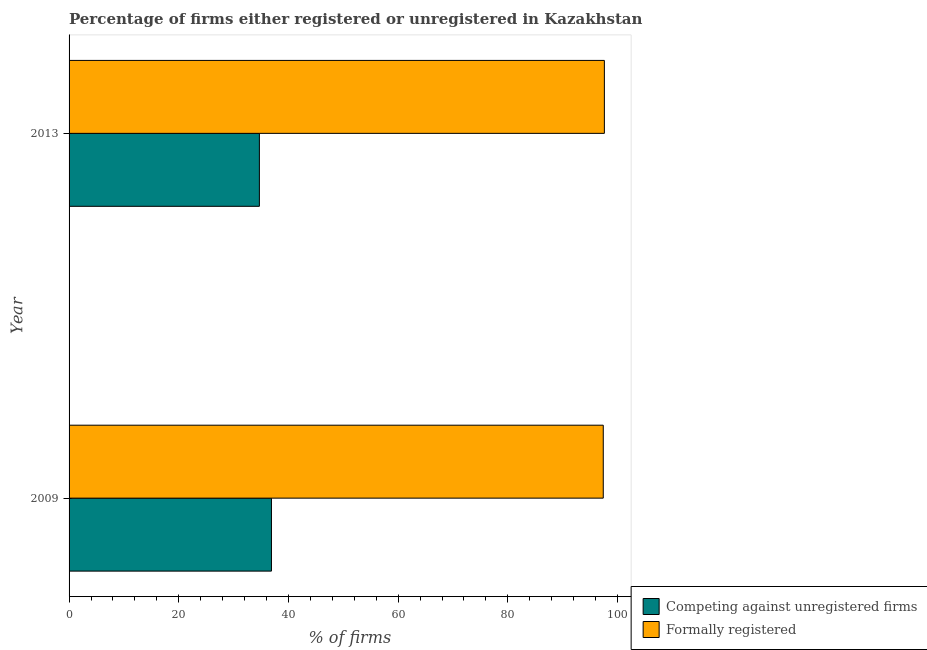
| Year | Competing against unregistered firms | Formally registered |
 | --- | --- | --- |
 | 2009 | 36.9 | 97.4 |
 | 2013 | 34.7 | 97.6 |